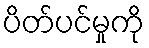
ပိတ်ပင်မှုကို